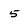
Character: 5